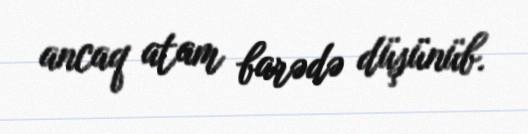
ancaq atam barədə düşünüb.